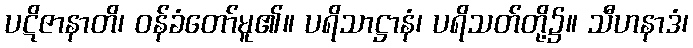
ပဋိဇာနာတိ၊ ဝန်ခံတော်မူ၏။ ပရိသာဋ္ဌာနံ၊ ပရိသတ်တို့၌။ သီဟနာဒံ၊